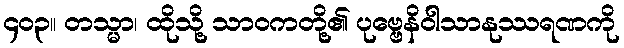
၄၀၃။ တသ္မာ၊ ထိုသို့ သာဝကတို့၏ ပုဗ္ဗေနိဝါသာနုဿရဏကို